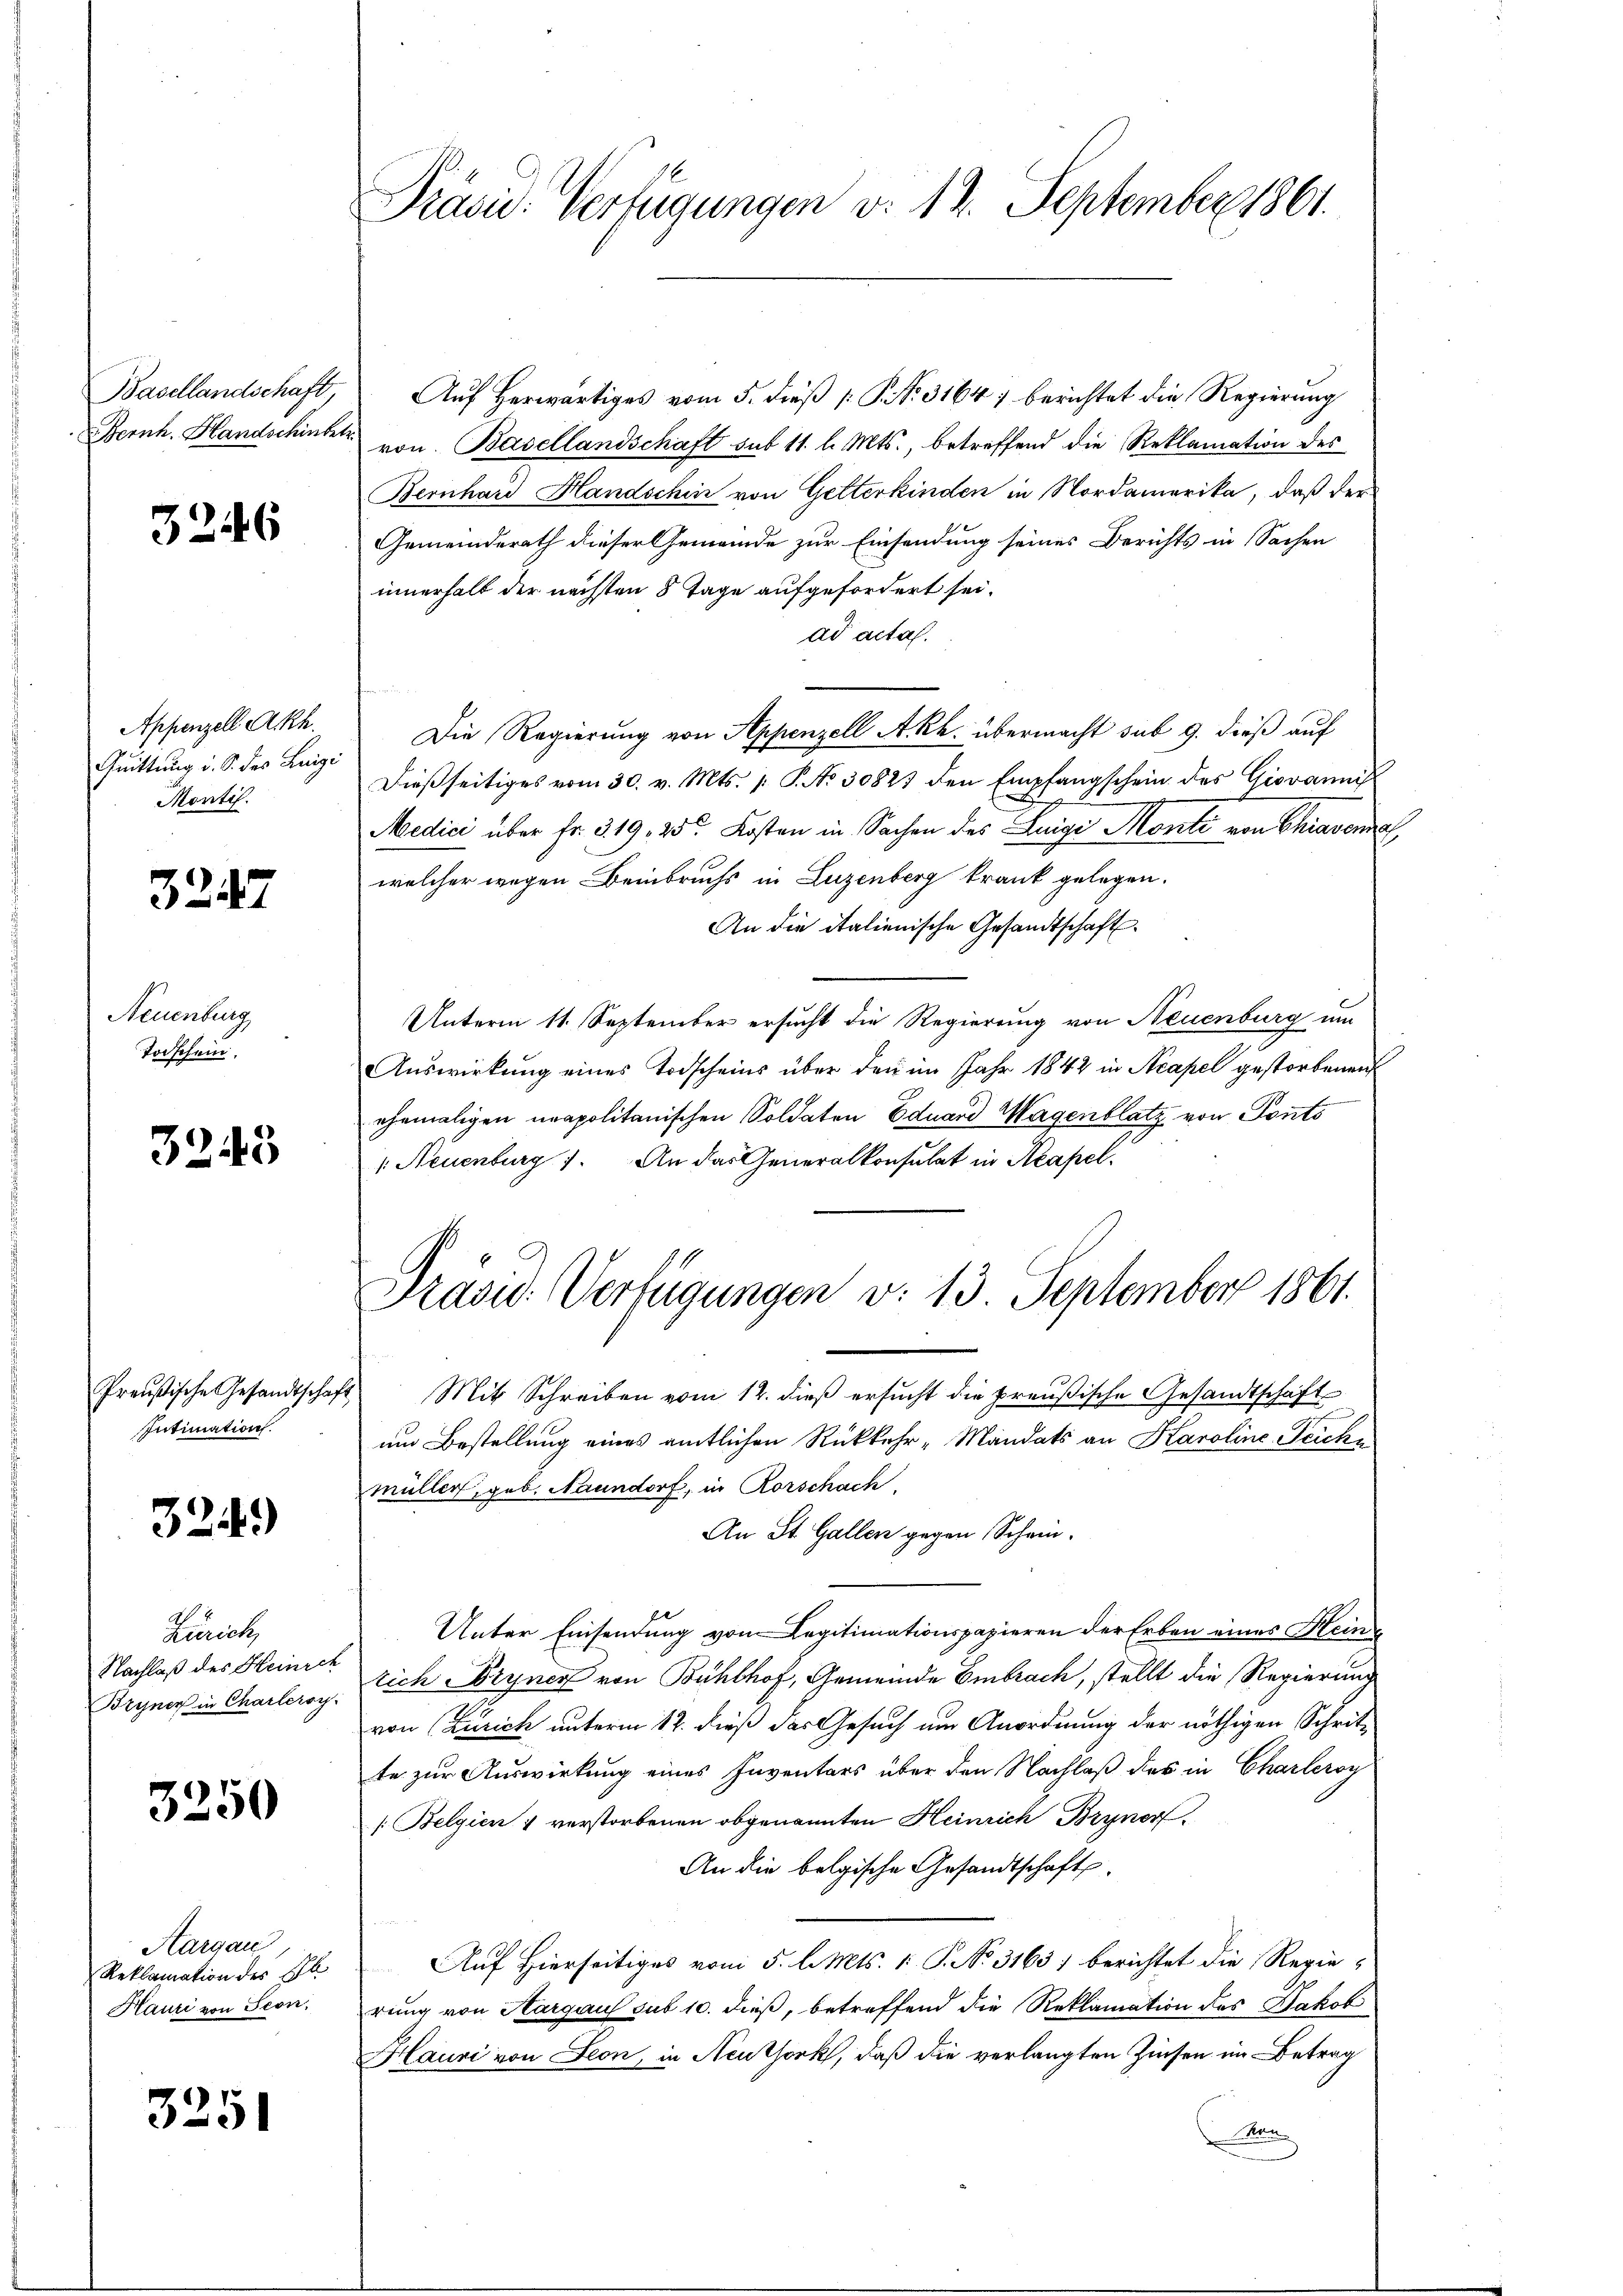
3246

Appenzell A.Rh.
Quittung i. S. des Luigi
Montif.

3247

Neuenburg
Todschein.

3243

Preußische Gesandtschaft
Intimation.

3249)

Zürich,
Nachlaß des Heinich
Bryner in Chartersy

3250

Aargau
Reklamation des St
Hauri von Seon,

3251

Präsid. Verfügungen v. 12. September 1861.

Basellandschaft, Auf herwärtiges vom 5. dieß [ P. 31647 berichtet die Regierung
Bernh. Handschinter von Basellandschaft sub 11. l. Mts., betreffend die Reklamation des
Bernhard Handschin von Getterkinden in Nordamerika, daß der
Gemeinderath dieser Gemeinde zur Einsendung seines Berichts in Sachen
innerhalt der nächsten 8 Tage aufgefordert sei.
ad acta.
Die Regierung von Appenzell A.Rh. übermacht sub 9. dieß auf
Dießseitiges vom 30. v. Mts. p. P. No 30827 den Empfangschein des Giovannis
Medici über Fr. 5. 19, 25. Kosten in Sachen des Luige Monte von Chravena
welcher wegen Beinbruchs in Luzenberg krank gelegen.
An die italienische Gesandtschaft
Unterm 11. September ersucht die Regierung von Neuenburg um
Auswirkung eines Todscheins über den im Jahr 1842 in Acapel gestorbenen
ehemaligen neapolitanischen Soldaten Eduard Wagenblatz von Ponto
: Neuenburg). An das Generalkonsulat in Neapel.

Präsid. Verfügungen v. 13. September 1861.

Mit Schreiben vom 12. dieß ersucht die preußische Gesandtschaft
um Bestellung eines amtlichen Rückkehr-Mandats an Karoline Teichmüller, geb. Nanndorf, in Rorschach,
An St. Gallen gegen Schein.
Unter Einsendung von Legitimationspapieren der Erben eines Heinrich Bryner von Bühlhof, Gemeinde Embrach, stellt die Regierung
von Zürich unterm 12. dieß das Gesuch um Anordnung der nöthigen Schrit-
te zur Auswirkung eines Inventars über den Nachlaß des in Charleroy
[Belgien & verstorbenen obgenannten Heinrich Bryner
An die belgische Gesandtschaft
e
Auf Hierseitiges vom 5. l. Mts. 1. P. No. 3163) berichtet die Regierung von Hargaus sub 10. dieß, betreffend die Reklamation des Jakob
Hauri von Seon, in Neuthork, daß die verlangten Zinsen im Betrag
Man